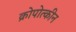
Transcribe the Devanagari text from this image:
क्रोपोत्कीन